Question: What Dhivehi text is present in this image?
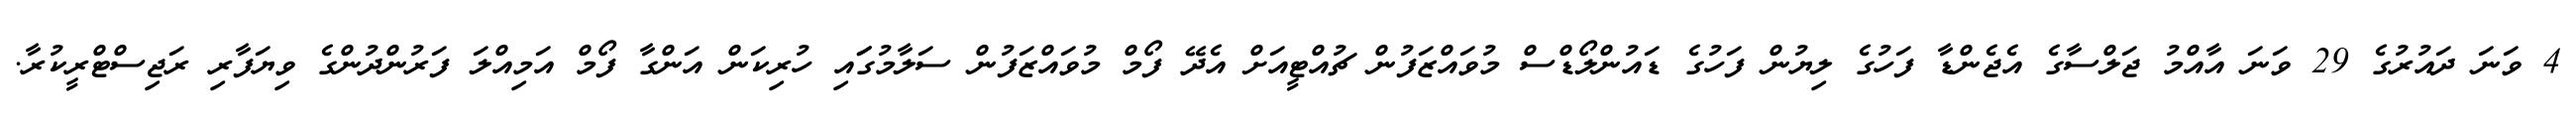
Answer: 4 ވަނަ ދައުރުގެ 29 ވަނަ އާއްމު ޖަލްސާގެ އެޖެންޑާ ފަހުގެ ލިޔުން ފަހުގެ ޑައުންލޯޑްސް މުވައްޒަފުން ޗުއްޓީއަށް އެދޭ ފޯމް މުވައްޒަފުން ސަލާމުގަައި ހުރިކަން އަންގާ ފޯމް އަމިއްލަ ފަރުންދުންގެ ވިޔަފާރި ރަޖިސްޓްރީކުރާ.